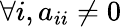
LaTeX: \forall i,a_{ii}\neq 0